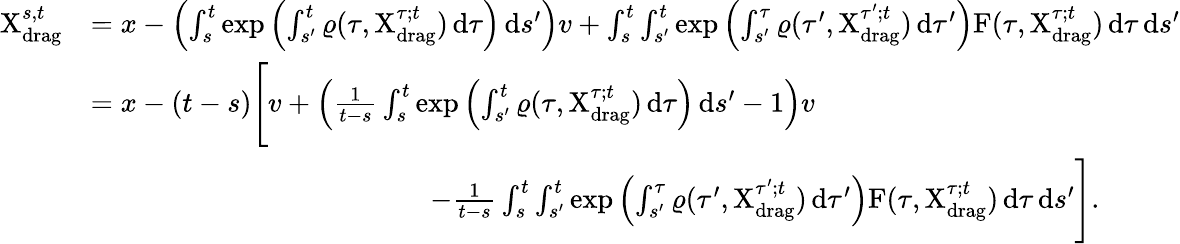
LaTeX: \begin{array}{rl}{\mathrm{X}_{\mathrm{drag}}^{s,t}}&{=x-\left(\int_{s}^{t}\exp\left(\int_{s^{\prime}}^{t}\varrho(\tau,\mathrm{X}_{\mathrm{drag}}^{\tau;t})\, \mathrm{d}\tau\right)\, \mathrm{d}s^{\prime}\right)v+\int_{s}^{t}\int_{s^{\prime}}^{t}\exp\left(\int_{s^{\prime}}^{\tau}\varrho(\tau^{\prime},\mathrm{X}_{\mathrm{drag}}^{\tau^{\prime};t})\, \mathrm{d}\tau^{\prime}\right)\mathrm{F}(\tau,\mathrm{X}_{\mathrm{drag}}^{\tau;t})\, \mathrm{d}\tau\, \mathrm{d}s^{\prime}}\\ &{=x-(t-s)\Bigg[v+\left(\frac{1}{t-s}\int_{s}^{t}\exp\left(\int_{s^{\prime}}^{t}\varrho(\tau,\mathrm{X}_{\mathrm{drag}}^{\tau;t})\, \mathrm{d}\tau\right)\, \mathrm{d}s^{\prime}-1\right)v}\\ &{\qquad\qquad\qquad\qquad\qquad\qquad-\frac{1}{t-s}\int_{s}^{t}\int_{s^{\prime}}^{t}\exp\left(\int_{s^{\prime}}^{\tau}\varrho(\tau^{\prime},\mathrm{X}_{\mathrm{drag}}^{\tau^{\prime};t})\, \mathrm{d}\tau^{\prime}\right)\mathrm{F}(\tau,\mathrm{X}_{\mathrm{drag}}^{\tau;t})\, \mathrm{d}\tau\, \mathrm{d}s^{\prime}\Bigg].}\end{array}